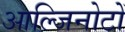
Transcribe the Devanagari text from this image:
आल्जिनोटों